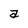
Character: a